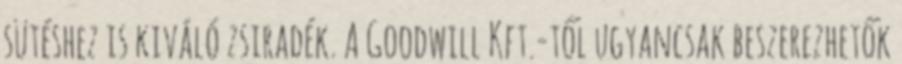
sütéshez is kiváló zsiradék. A Goodwill Kft.-től ugyancsak beszerezhetők